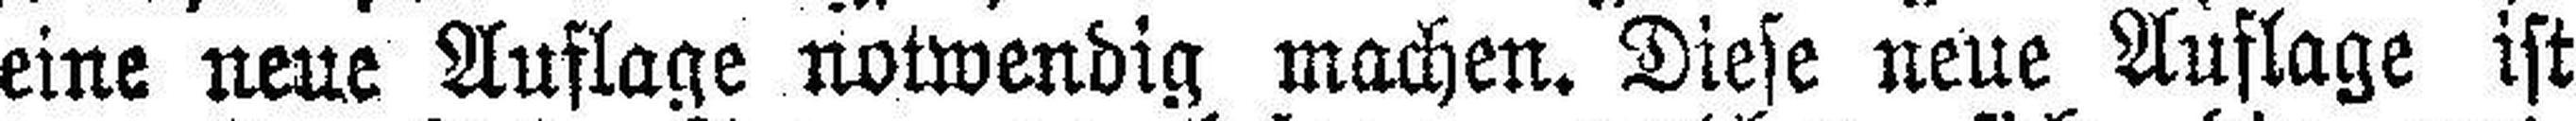
eine neue Auflage notwendig machen. Diese neue Auflage ist